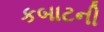
કબાટની